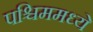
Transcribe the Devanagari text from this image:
पश्चिममध्ये